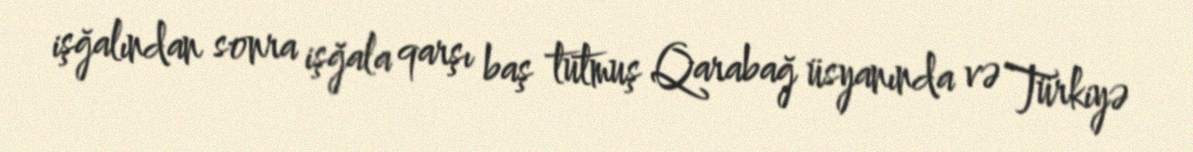
işğalından sonra işğala qarşı baş tutmuş Qarabağ üsyanında və Türkiyə